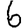
Digit: 6